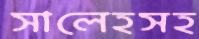
সালেহসহ